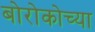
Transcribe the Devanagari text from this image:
बोरोकोच्या